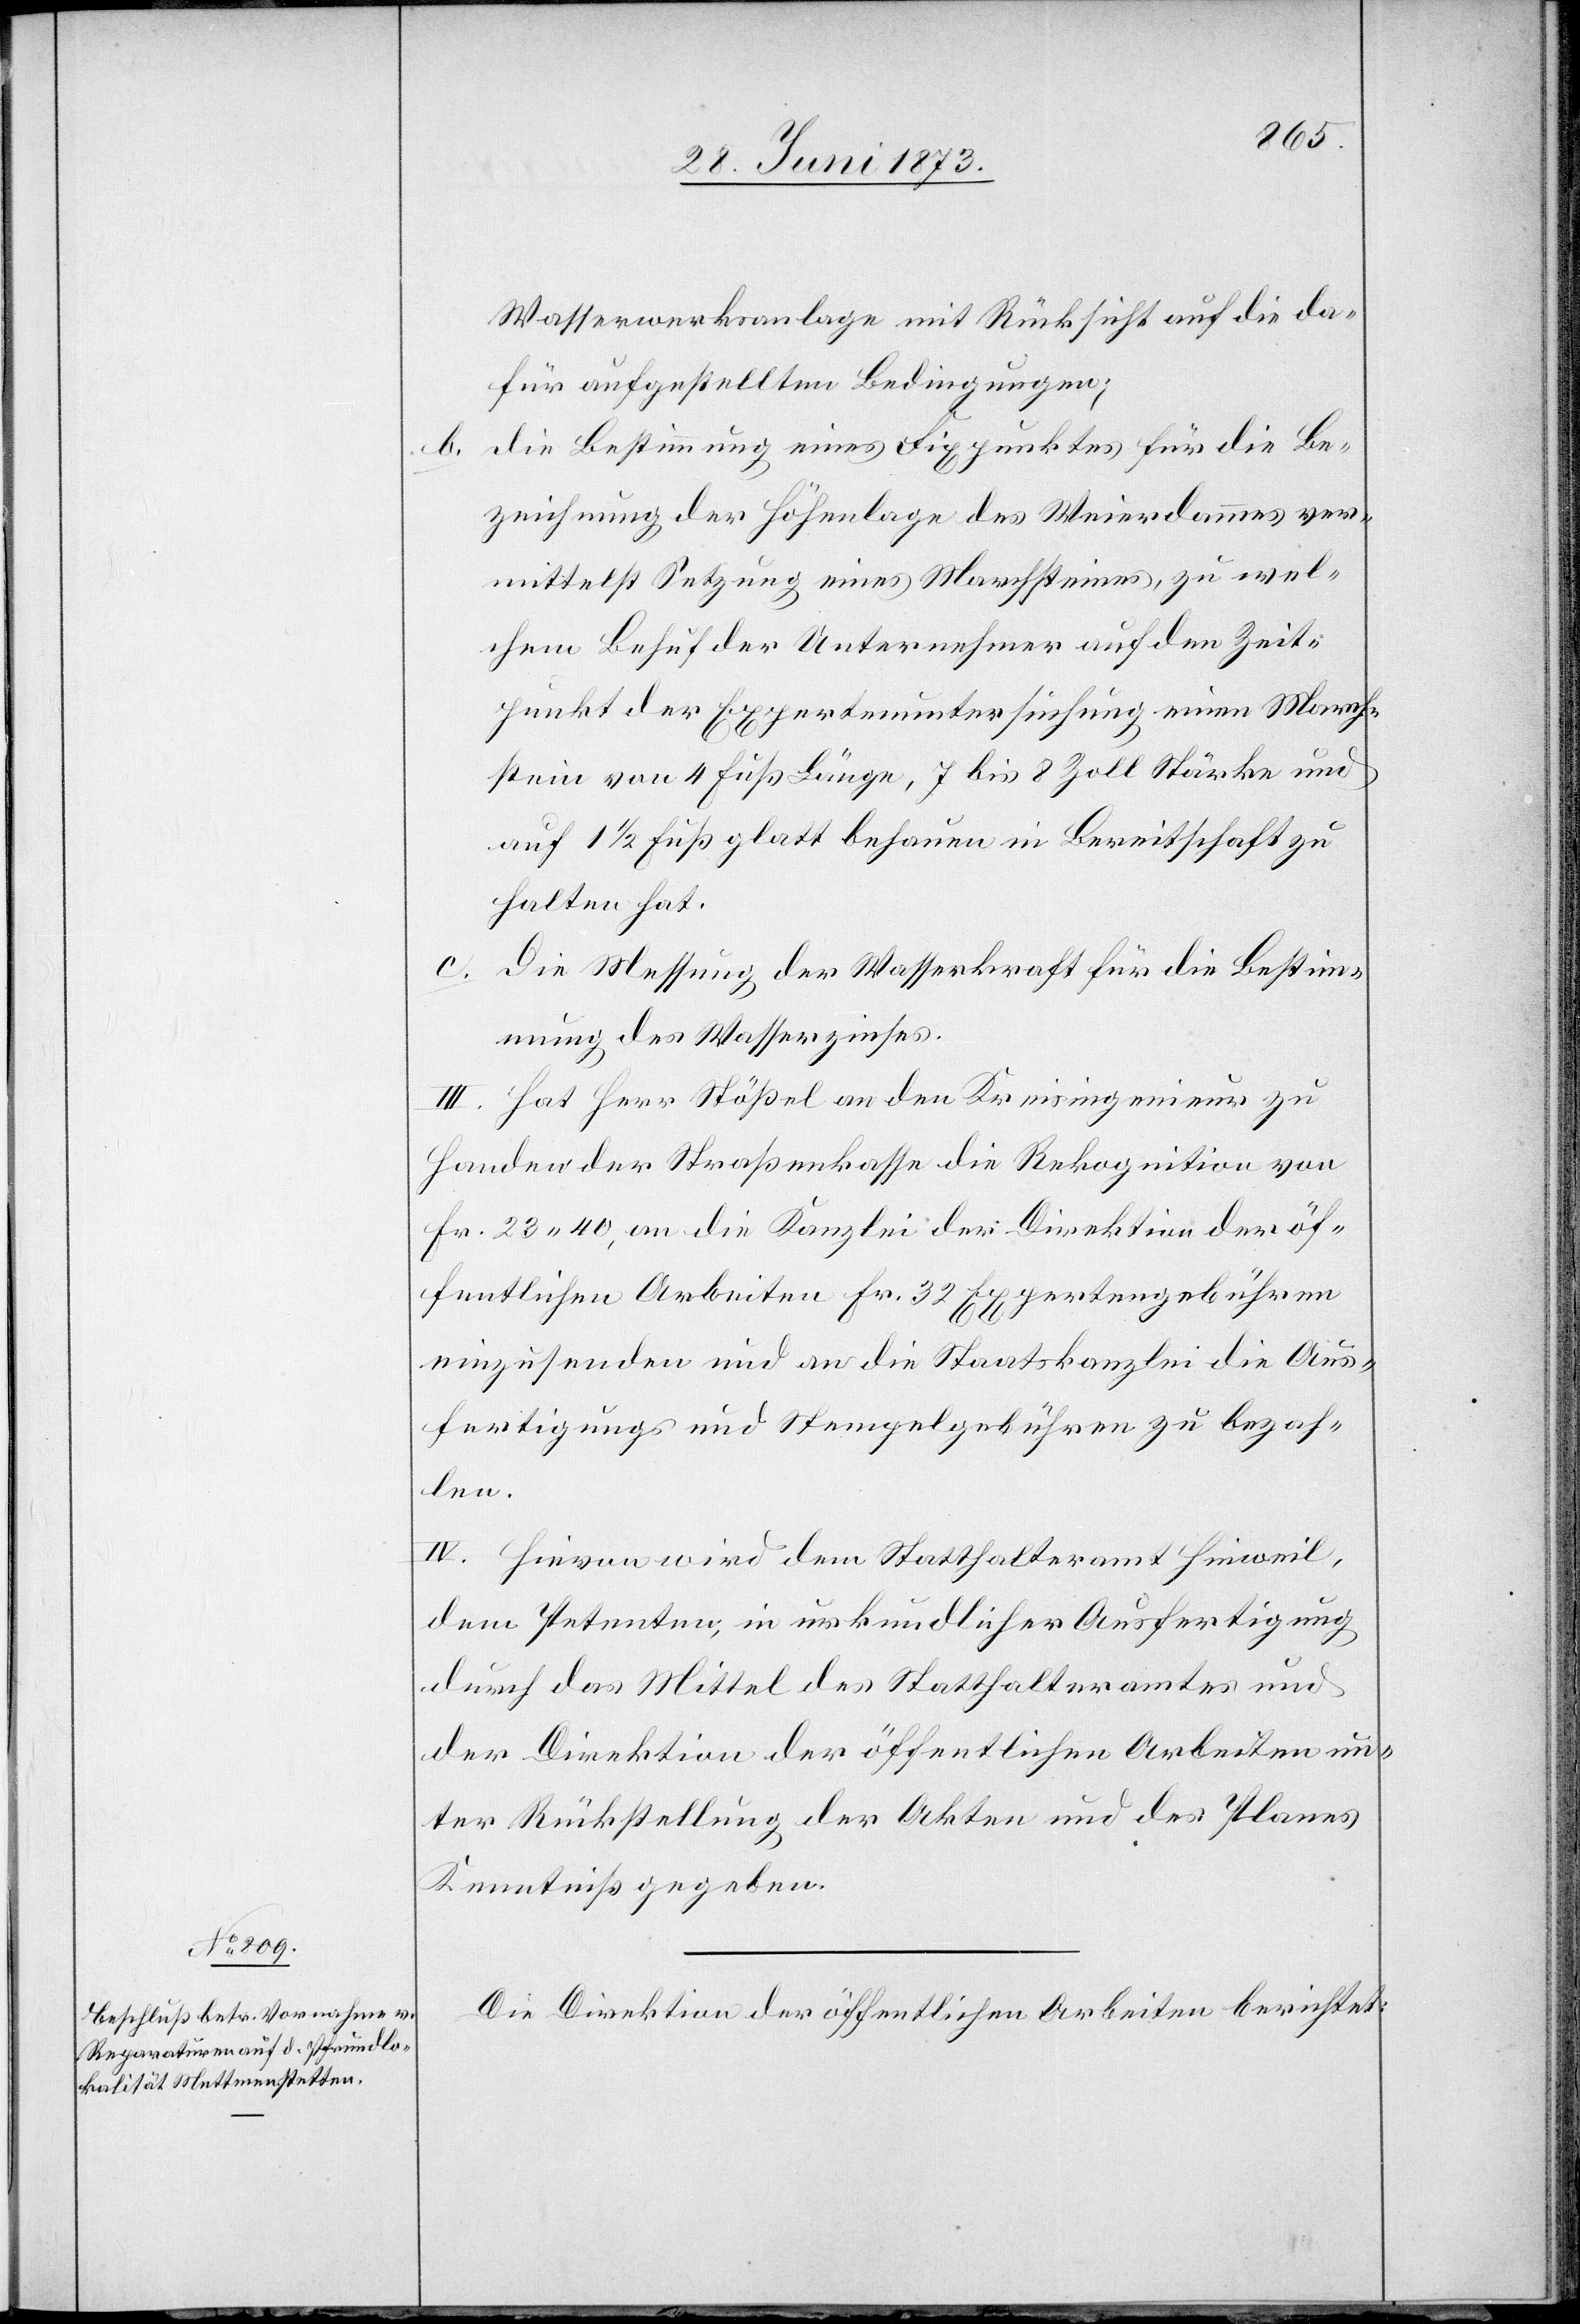
b.

Wasserwerksanlage mit Rücksicht auf die da¬
für aufgestellten Bedingungen;
die Bestimmung eines Fixpunktes für die Be¬
zeichnung der Höhenlage des Weierdammes ver¬
mittelst Setzung eines Marchsteines, zu wel¬
chem Behuf der Unternehmer auf den Zeit¬
punkt der Expertenuntersuchung einen March¬
stein von 4 Fuß Länge, 7 bis 8 Zoll Stärke und
auf 1 1/2 Fuß glatt behauen in Bereitschaft zu
halten hat.
c. Die Messung der Wasserkraft für die Bestimm¬
ung des Wasserzinses.
III. Hat Herr Stößel an den Kreisingenieur zu
Handen der Straßenkasse die Rekognition von
Fr. 23 40, an die Kanzlei der Direktion der öf¬
fentlichen Arbeiten Fr. 32 Expertengebühren
einzusenden und an die Staatskanzlei die Aus¬
fertigungs[-] und Stempelgebühren zu bezah¬
len.
IV. Hievon wird dem Statthalteramt Hinweil,
dem Petenten, in urkundlicher Ausfertigung
durch das Mittel des Statthalteramtes und
der Direktion der öffentlichen Arbeiten un¬
ter Rückstellung der Akten und des Planes
Kenntniß gegeben.
Die Direktion der öffentlichen Arbeiten berichtet: